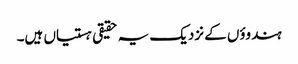
ہندوؤں کے نزدیک یہ حقیقی ہستیاں ہیں۔